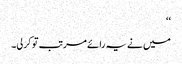
‘‘
میں نے یہ رائے مرتب تو کرلی۔